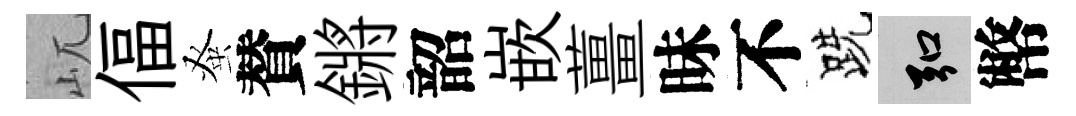
屼偪𫊫賛鏘韶嵌薑昧不跣弘幣